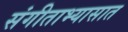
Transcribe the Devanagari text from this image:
संगीताभ्यासात